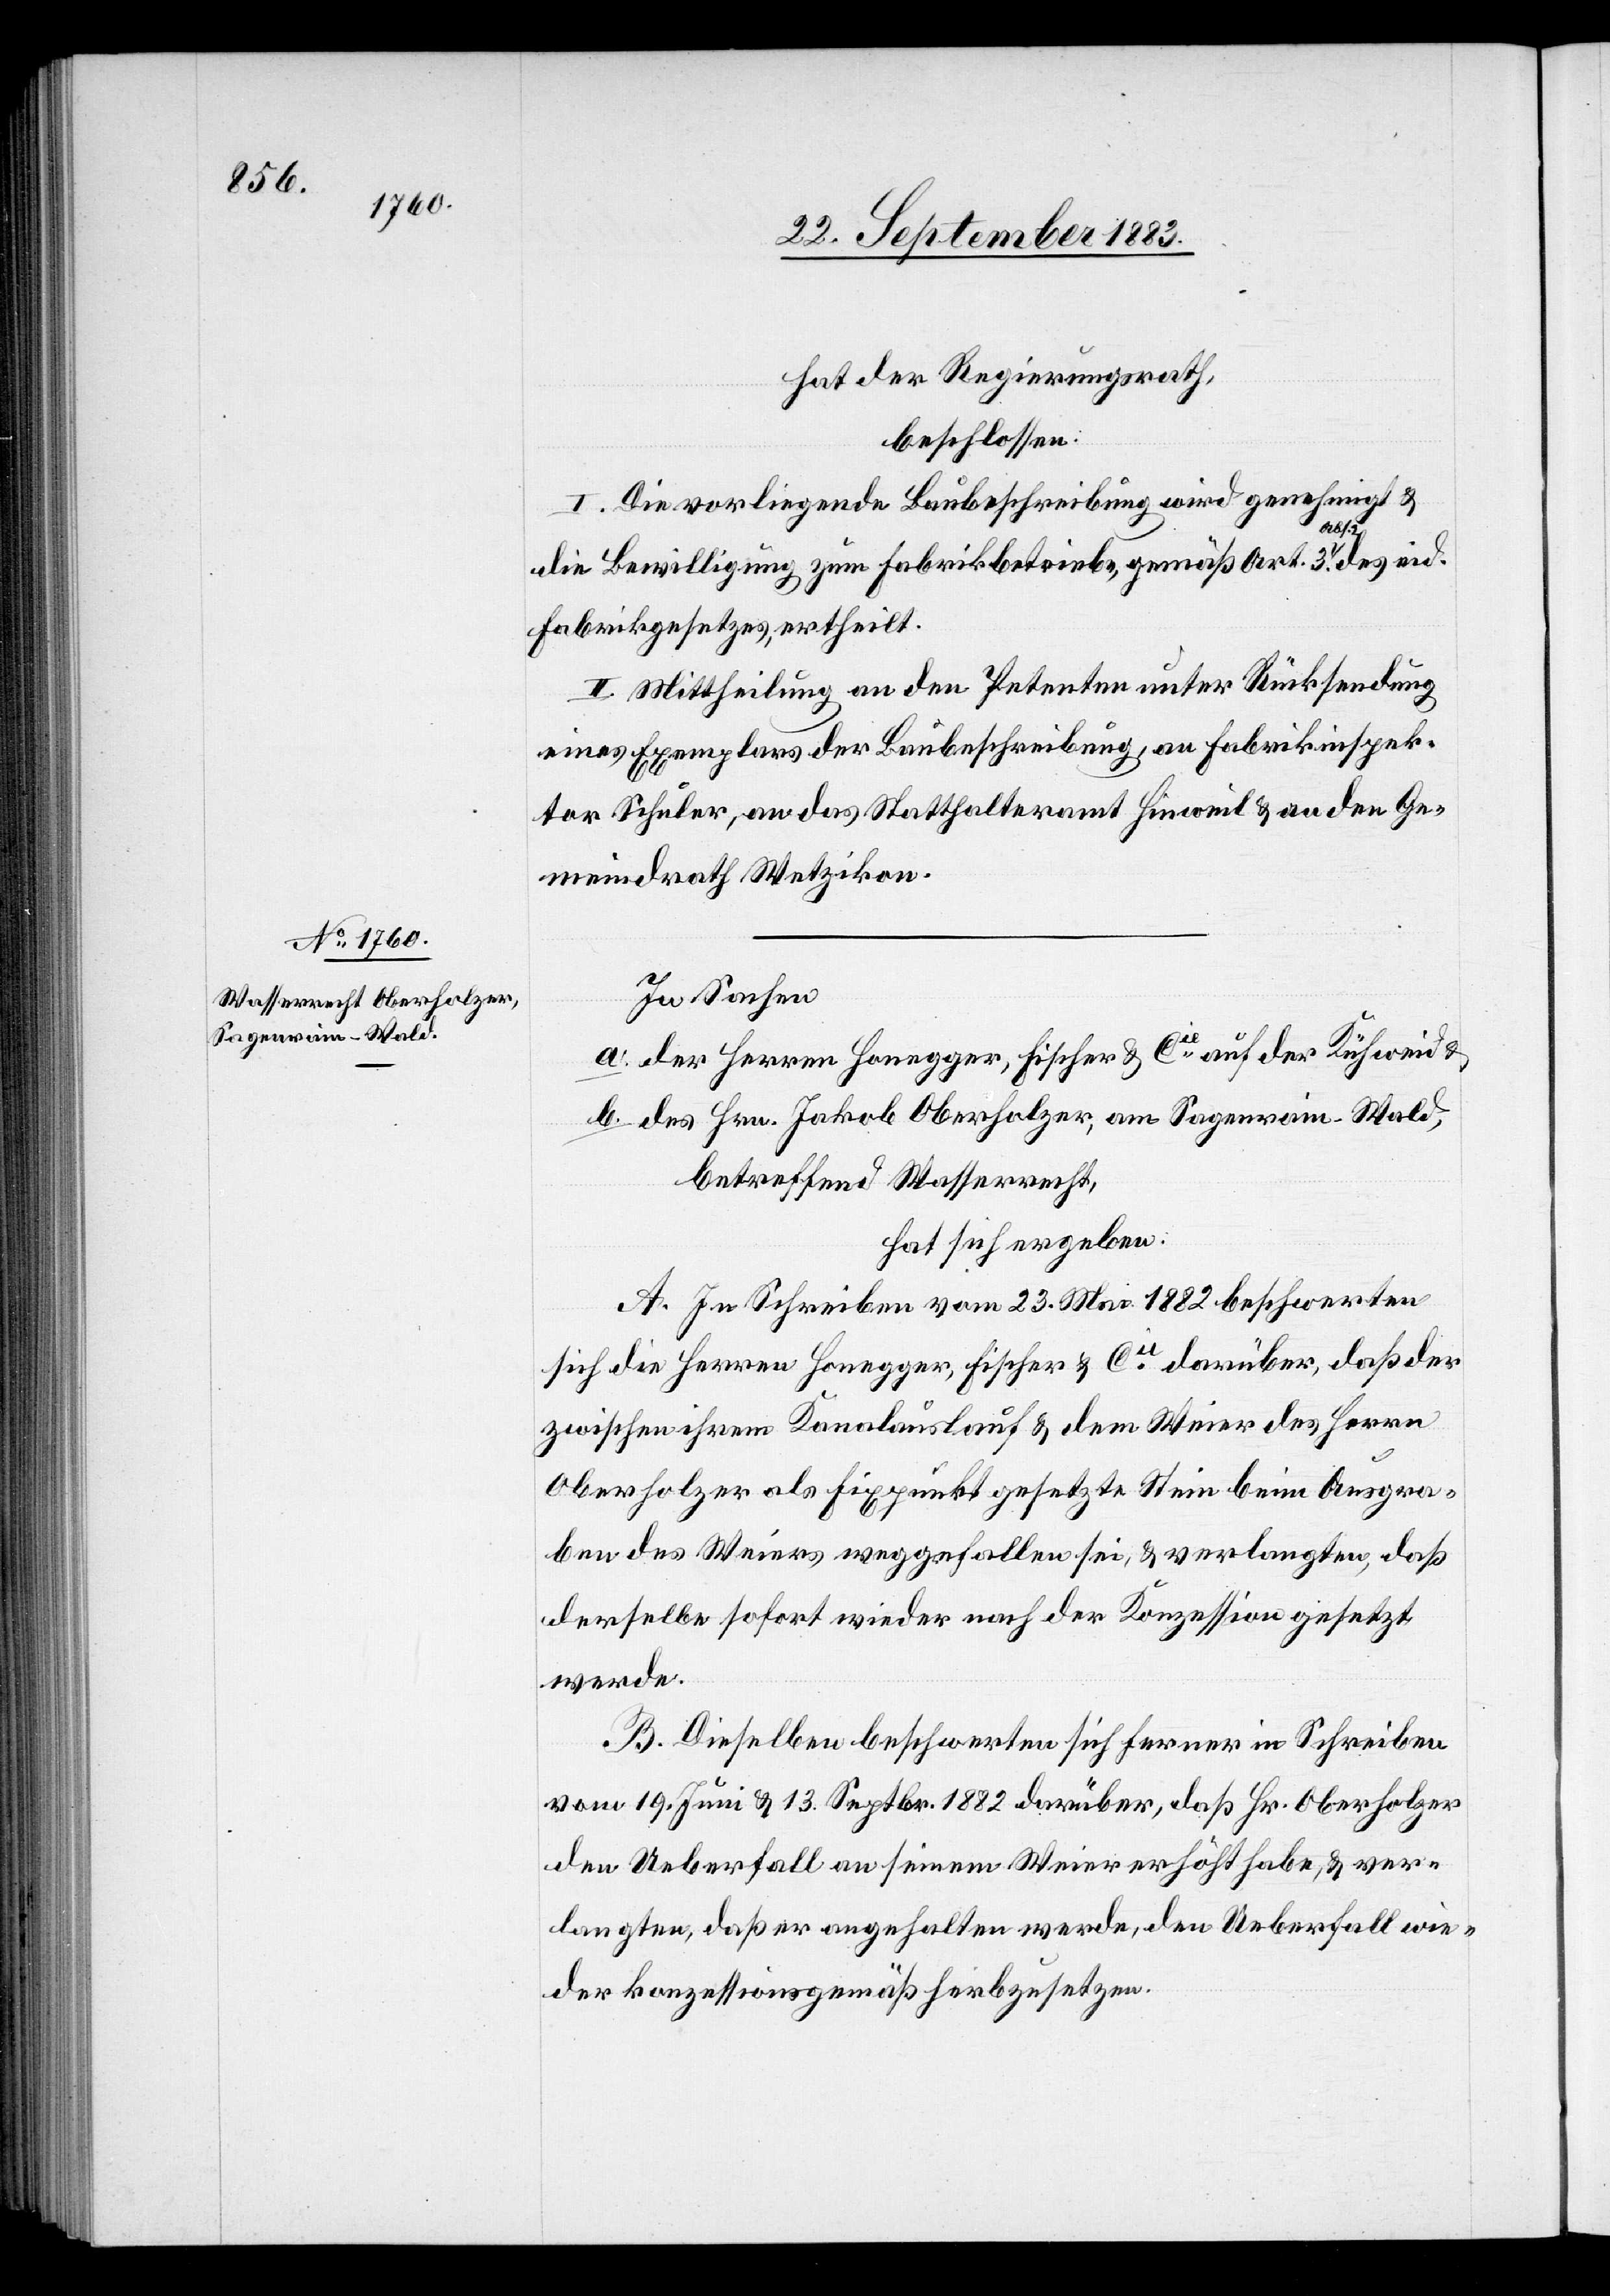
Sagenrain - Wald,

hat der Regierungsrath,
beschlossen:
I. Die vorliegende Baubeschreibung wird genehmigt &
des
die Bewilligung zum Fabrikbetrieb, gemäß Art. 3 Abs.
Fabrikgesetzes, ertheilt.
II. Mittheilung an den Petenten unter Rücksendung
eines Exemplares der Baubeschreibung, an Fabrikinspek¬
tor Schuler, an das Statthalteramt Hinweil & an den Ge¬
meindrath Wetzikon.
In Sachen:
a. der Herren Honegger, Fischer & Cie auf der Kühweid &
betreffend Wasserrecht,
hat sich ergeben:
A. In Schreiben vom 23. Mai 1882 beschwerten
sich die Herren Honegger, Fischer & Cie darüber, daß der
zwischen ihrem Kanalauslauf & dem Weier des Herrn
Oberholzer als Fixpunkt gesetzte Stein beim Ausgra¬
ben des Weiers weggefallen sei, & verlangten, daß
derselbe sofort wieder nach der Konzession gesetzt
werde.
B. Dieselben beschwerten sich ferner in Schreiben
vom 19. Juni & 13. Septbr. 1882 darüber, daß Hr. Oberholzer
den Ueberfall an seinem Weier erhöht habe, & ver¬
langten, daß er angehalten werde, den Ueberfall wie¬
der konzessionsgemäß her[a]bzusetzen.